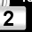
Digit: 2